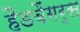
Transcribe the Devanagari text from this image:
हैडबैंगर्स